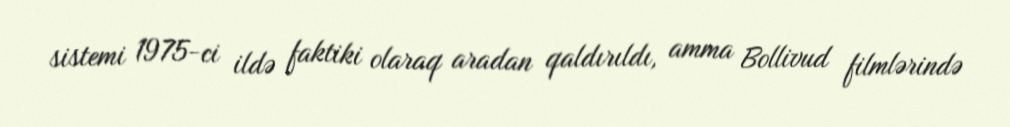
sistemi 1975-ci ildə faktiki olaraq aradan qaldırıldı, amma Bollivud filmlərində